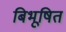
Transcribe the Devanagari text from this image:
बिभूषित